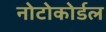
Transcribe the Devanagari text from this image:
नोटोकोर्डल